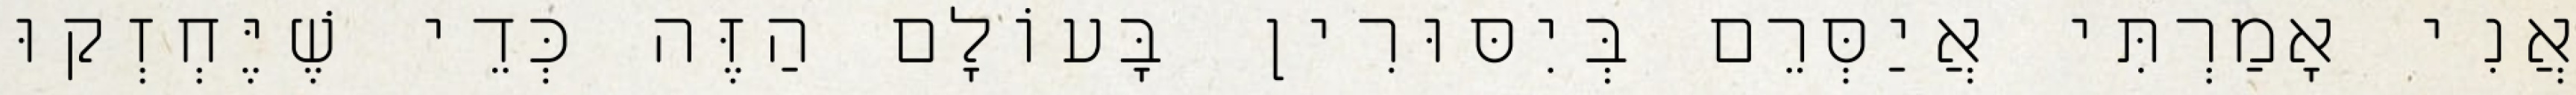
אֲנִי אָמַרְתִּי אֲיַסְּרֵם בְּיִסּוּרִין בָּעוֹלָם הַזֶּה כְּדֵי שֶׁיֶּחְזְקוּ